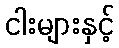
ငါးများနှင့်